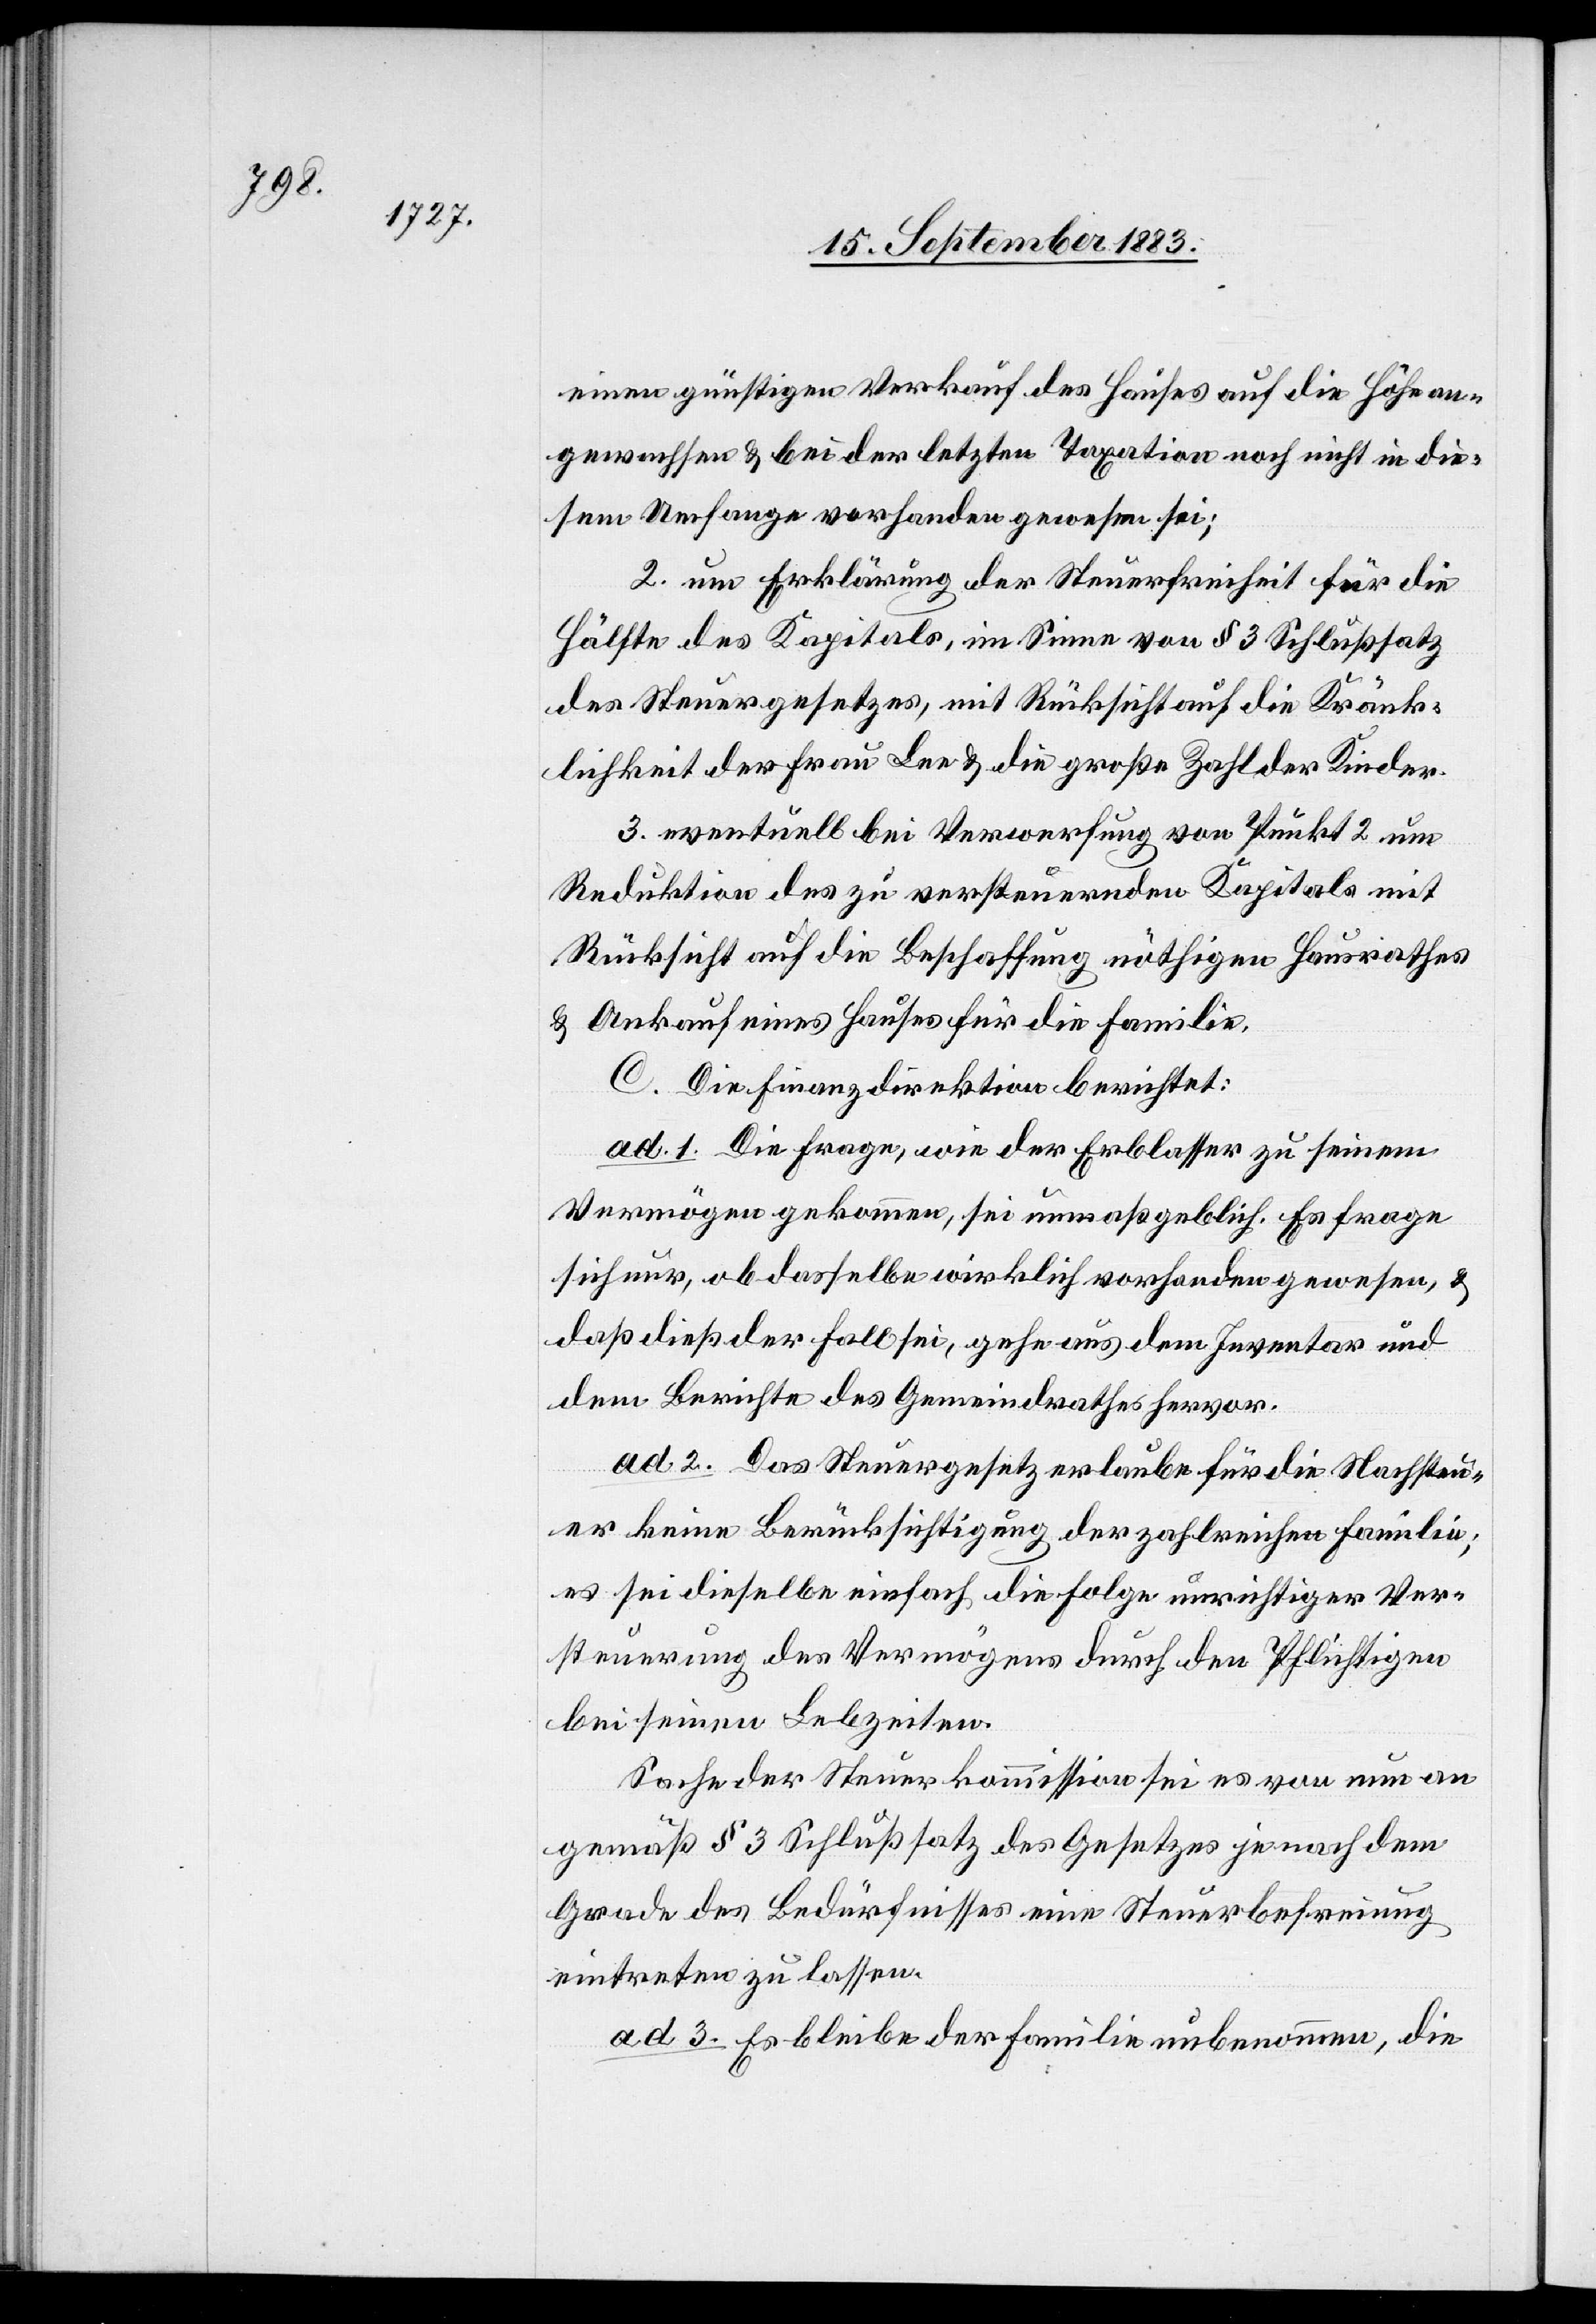
einen günstigen Verkauf des Hauses auf die Höhe an¬
gewachsen & bei der letzten Taxation noch nicht in die¬
sem Umfange vorhanden gewesen sei;
2. um Erklärung der Steuerfreiheit für die
Hälfte des Kapitals, im Sinne von § 3 Schlußsatz
des Steuergesetzes, mit Rücksicht auf die Kränk¬
lichkeit der Frau Lee & die große Zahl der Kinder.
3. eventuell bei Verwerfung von Punkt 2 um
Reduktion des zu versteuernden Kapitals mit
Rücksicht auf die Beschaffung nötigen Hausrathes
& Ankauf eines Hauses für die Familie.
C. Die Finanzdirektion berichtet:
ad 1. Die Frage, wie der Erblasser zu seinem
Vermögen gekommen, sei unmaßgeblich. Es frage
sich nur, ob dasselbe wirklich vorhanden gewesen, &
daß dieß der Fall sei, gehe aus dem Inventar und
dem Berichte des Gemeindrathes hervor.
ad 2. Das Steuergesetz erlaube für die Nachsteu¬
er keine Berücksichtigung der zahlreichen Familie;
es sei dieselbe einfach die Folge unrichtiger Ver¬
steuerung des Vermögens durch den Pflichtigen
bei seinen Lebzeiten.
Sache der Steuerkommission sei es von nun an
gemäß § 3 Schlußsatz des Gesetzes je nach dem
Grade des Bedürfnisses eine Steuerbefreiung
eintreten zu lassen.
ad 3. Es bleibe der Familie unbenommen, die